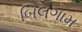
બિલગામ